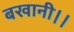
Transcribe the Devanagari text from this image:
बखानी।।